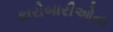
કારોબારીઓના